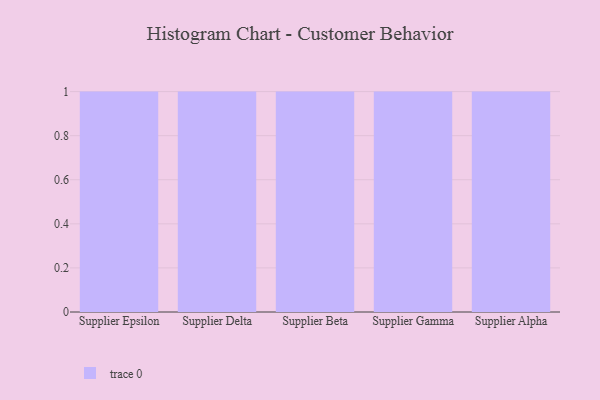
{"axis": {"x": "Supplier", "y": "Population (Million)"}, "legend": [""], "data": [{"x": "Supplier Epsilon", "y": 98, "type": ""}, {"x": "Supplier Delta", "y": 83, "type": ""}, {"x": "Supplier Beta", "y": 92, "type": ""}, {"x": "Supplier Gamma", "y": 91, "type": ""}, {"x": "Supplier Alpha", "y": 47, "type": ""}]}